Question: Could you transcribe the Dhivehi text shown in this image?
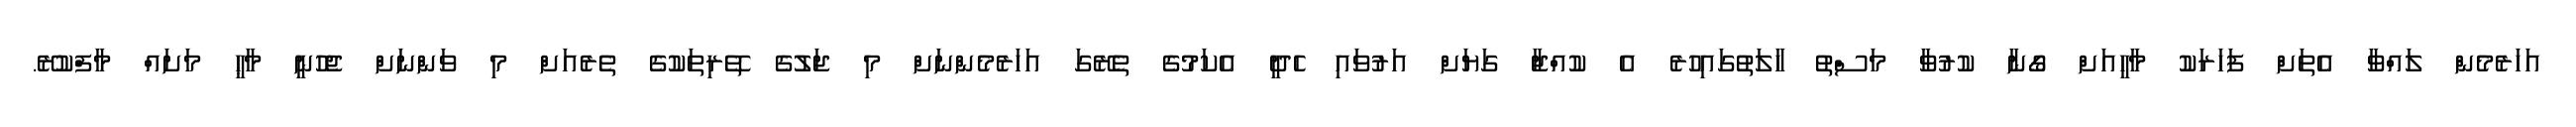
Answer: އަހަރެމެން ލައްވާ އެތަށް ފަހަރަކު މާހީއަށް ގޯނާ ކުރުވާ މަސްތު ހާލަތުގައިހުރެ އެ ކުއްޖާ ގަޔަށް އަރުވައި ހެދީ އެކަމުގެ ތެރޭގަ އަހަރެމެންނަށް މި ޖަލުގެ ތޭރިތަކުގެ ތެރެއަށް މި ވަންނަށް ޖެހުނީ މާޙީ މަށައް މާފްކުރޭ.